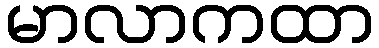
မာလာကထာ